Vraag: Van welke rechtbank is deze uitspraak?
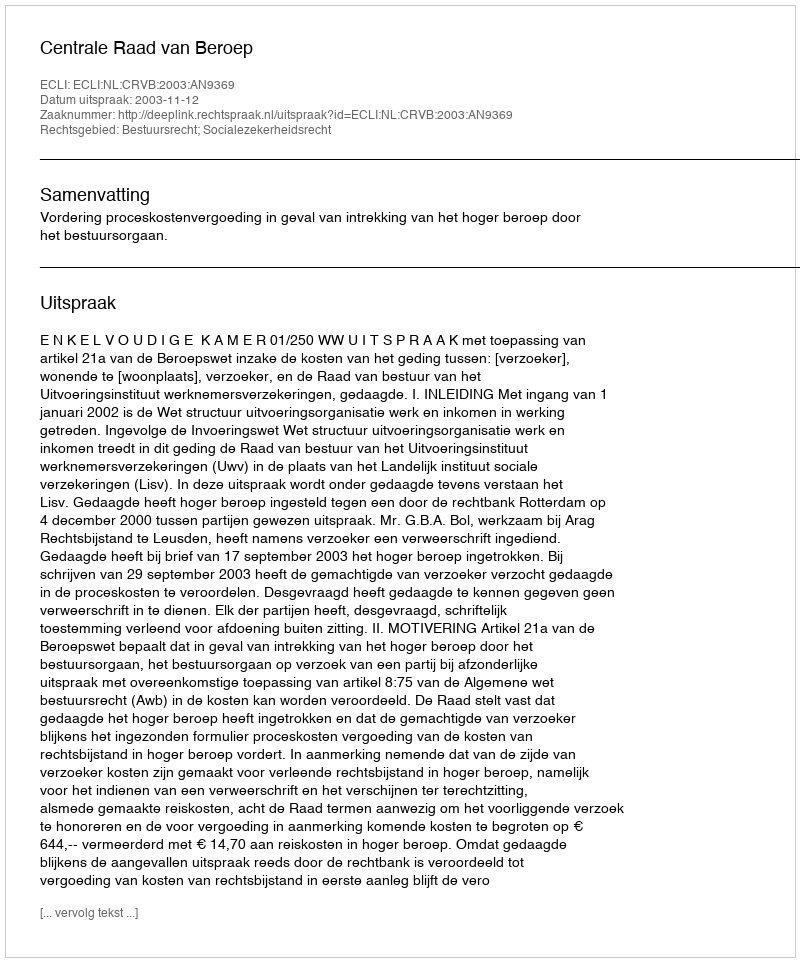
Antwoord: Centrale Raad van Beroep